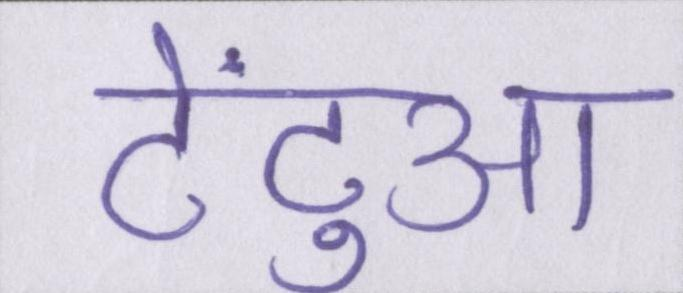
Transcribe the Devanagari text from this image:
टेंटुआ